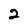
Character: 2